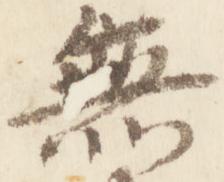
無